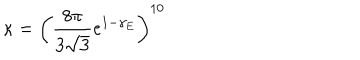
LaTeX: \kappa = \left( \frac { 8 \pi } { 3 \sqrt { 3 } } e ^ { 1 - \gamma _ { E } } \right) ^ { 1 0 }